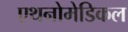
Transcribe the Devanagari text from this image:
एथनोमेडिकल